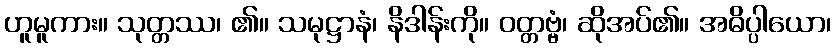
ဟူမူကား။ သုတ္တဿ၊ ၏။ သမုဋ္ဌာနံ၊ နိဒါန်းကို။ ဝတ္တဗ္ဗံ၊ ဆိုအပ်၏။ အဓိပ္ပါယော၊